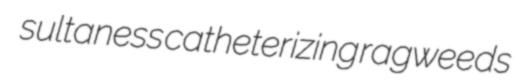
sultaness catheterizing ragweeds